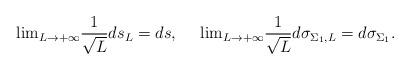
LaTeX: \begin{align*}{\rm lim}_{L\rightarrow +\infty}\frac{1}{\sqrt{L}}ds_L= ds,~~~~{\rm lim}_{L\rightarrow +\infty}\frac{1}{\sqrt{L}}d\sigma_{\Sigma_1,L}=d\sigma_{\Sigma_1}.\end{align*}